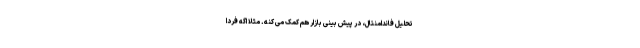
تحلیل فاندامنتال، در پیش­ بینی بازار هم کمک می­ کنه. مثلاً اگه فردا